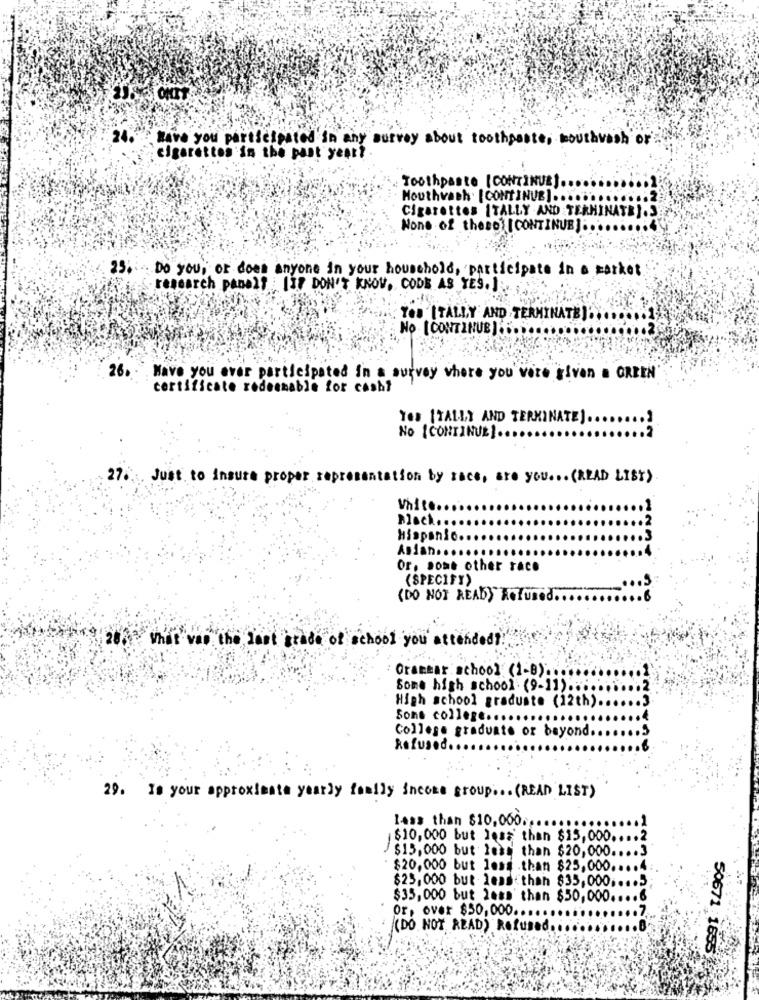
24.
I Have you participated in any survey about toothpaste, mouthvash or
cigarettes in the past year?
Toothpaste [ CONTINUE).
Mouthwash [CONTINUE] ..
Cigarettes ITALLY AND TERMINATE ).3
None of thesol [ CONTINUB ]
25. Do you, or does anyone in your household, participate in a market
research panelf [IP DON'T KNOW, CODE AS YES.).
Yes [TALLY AND TERMINATE).
No [ CONTINUE )
26. Have you ever participated in a survey where you were given a GREEN
certificate redeemable for cash?
Yes [TALLY AND TERMINATE] ...
No [CONTINUE).
27
Just to insure proper representation by race, are you ... (READ LIST)
White.
Black ...
Hispanic
Asian ...
Or, some other race
(SPECIFY)
....
(DO NOT READ) Refused ......
What van the last grade of school you attended ?!
Oranear school (1-0) ...
Sone high school (9-11) ...
High school graduste (12th) ..
Some college ..
College graduate or beyond ...
Refused.
29. Is your approximate yearly family income group ... (READ LIST)
lass than $10,000.
$10,000 but less than $15,000 .... 2
$15,000 but less than $20,000 .... 3
. $20,000 but less than $25,000.
.. 4
$25,000 but less than $35,000 .... 5
$35,000 but less than $50,000 .....
or, over $50,000 ......
(DO NOT READ) Refused ...
50671:1655